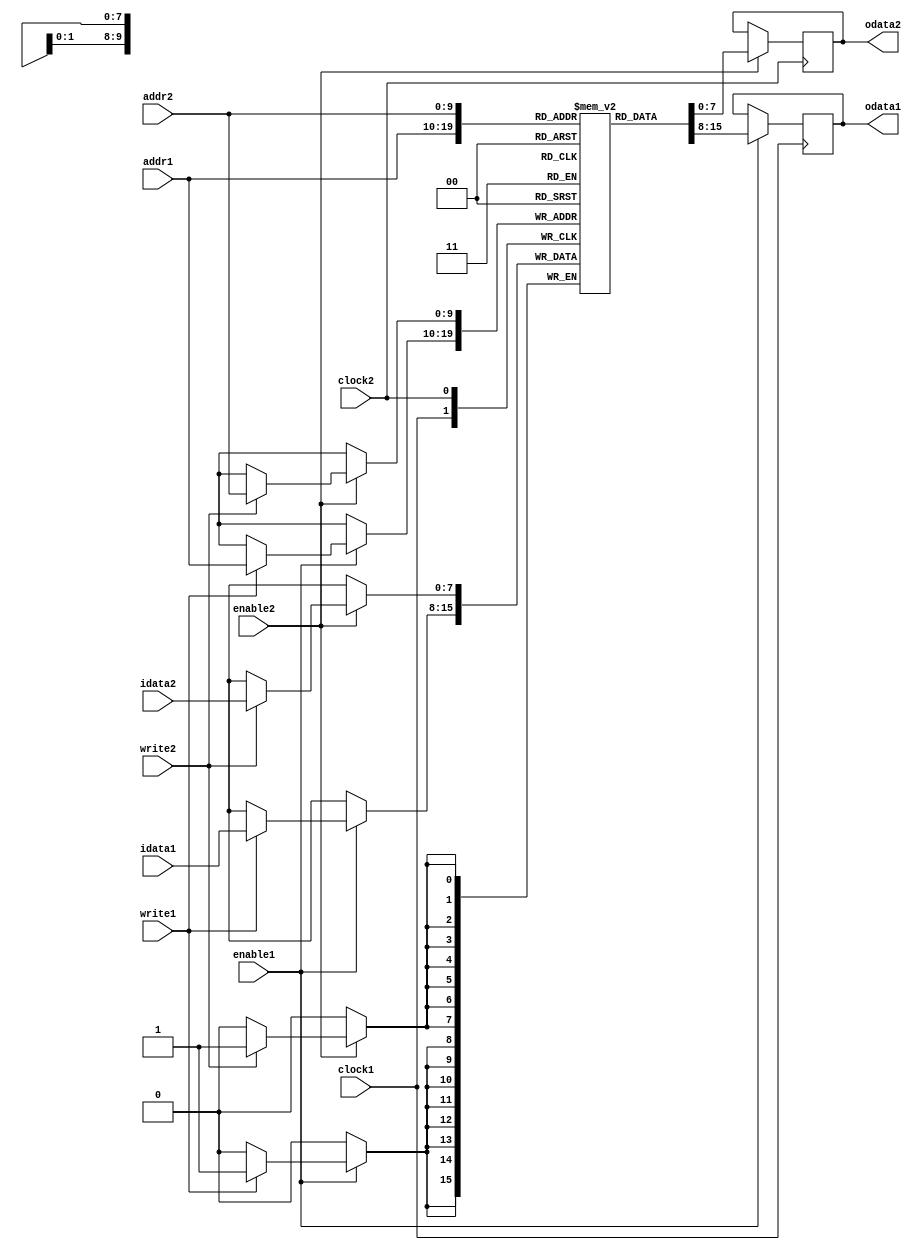
/**
 * Copyright (C) 2018, Miklos Maroti
 * This is free software released under the 3-clause BSD licence.
 */

`default_nettype none

/**
 * This ram will be inferred as a DP8KC with read before write and 
 * non-registered output (odata appears one clock cycle after enable).
 */
module true_dual_port_ram_readfirst_reg1 #(parameter integer DATA_WIDTH = 8, ADDR_WIDTH = 10) (
	input wire clock1,
	input wire enable1,
	input wire write1,
	input wire [ADDR_WIDTH-1:0] addr1,
	input wire [DATA_WIDTH-1:0] idata1,
	output reg [DATA_WIDTH-1:0] odata1,
	input wire clock2,
	input wire enable2,
	input wire write2,
	input wire [ADDR_WIDTH-1:0] addr2,
	input wire [DATA_WIDTH-1:0] idata2,
	output reg [DATA_WIDTH-1:0] odata2)
	/* synthesis syn_hier = "hard" */;

reg [DATA_WIDTH-1:0] memory [(1<<ADDR_WIDTH)-1:0]
	/* synthesis syn_ramstyle="no_rw_check" */;

always @(posedge clock1)
begin
	if (enable1)
	begin
		odata1 <= memory[addr1];
		if (write1)
			memory[addr1] <= idata1;
	end
end

always @(posedge clock2)
begin
	if (enable2)
	begin
		odata2 <= memory[addr2];
		if (write2)
			memory[addr2] <= idata2;
	end
end
endmodule

/**
 * This ram will be inferred as a DP8KC with read before write and 
 * registered output (odata appears two clock cycles after enable).
 */
module true_dual_port_ram_readfirst_reg2 #(parameter integer DATA_WIDTH = 8, ADDR_WIDTH = 10) (
	input wire clock1,
	input wire enable1,
	input wire write1,
	input wire [ADDR_WIDTH-1:0] addr1,
	input wire [DATA_WIDTH-1:0] idata1,
	output reg [DATA_WIDTH-1:0] odata1,
	input wire clock2,
	input wire enable2,
	input wire write2,
	input wire [ADDR_WIDTH-1:0] addr2,
	input wire [DATA_WIDTH-1:0] idata2,
	output reg [DATA_WIDTH-1:0] odata2)
	/* synthesis syn_hier = "hard" */;

reg [DATA_WIDTH-1:0] memory [(1<<ADDR_WIDTH)-1:0]
	/* synthesis syn_ramstyle="no_rw_check" */;

reg [DATA_WIDTH-1:0] odata1_reg;
always @(posedge clock1)
begin
	if (enable1)
	begin
		odata1_reg <= memory[addr1];
		if (write1)
			memory[addr1] <= idata1;
	end
	odata1 <= odata1_reg;
end

reg [DATA_WIDTH-1:0] odata2_reg;
always @(posedge clock2)
begin
	if (enable2)
	begin
		odata2_reg <= memory[addr2];
		if (write2)
			memory[addr2] <= idata2;
	end
	odata2 <= odata2_reg;
end
endmodule

/**
 * This ram will be inferred as a DP8KC with write before read and 
 * non-registered output (odata appears one clock cycles after enable).
 */
module true_dual_port_ram_writefirst_reg1 #(parameter integer DATA_WIDTH = 8, ADDR_WIDTH = 10) (
	input wire clock1,
	input wire enable1,
	input wire write1,
	input wire [ADDR_WIDTH-1:0] addr1,
	input wire [DATA_WIDTH-1:0] idata1,
	output reg [DATA_WIDTH-1:0] odata1,
	input wire clock2,
	input wire enable2,
	input wire write2,
	input wire [ADDR_WIDTH-1:0] addr2,
	input wire [DATA_WIDTH-1:0] idata2,
	output reg [DATA_WIDTH-1:0] odata2)
	/* synthesis syn_hier = "hard" */;

reg [DATA_WIDTH-1:0] memory[(1<<ADDR_WIDTH)-1:0]
	/* synthesis syn_ramstyle="no_rw_check" */;

always @(posedge clock1)
begin
	if (enable1)
	begin
		odata1 <= memory[addr1];
		if (write1)
		begin
			memory[addr1] <= idata1;
			odata1 <= idata1;
		end
	end
end

always @(posedge clock2)
begin
	if (enable2)
	begin
		odata2 <= memory[addr2];
		if (write2)
		begin
			memory[addr2] <= idata2;
			odata2 <= idata2;
		end
	end
end
endmodule

/**
 * This ram will be inferred as a DP8KC with write before read and 
 * registered output (odata appears two clock cycles after enable).
 */
module true_dual_port_ram_writefirst_reg2 #(parameter integer DATA_WIDTH = 8, ADDR_WIDTH = 10) (
	input wire clock1,
	input wire enable1,
	input wire write1,
	input wire [ADDR_WIDTH-1:0] addr1,
	input wire [DATA_WIDTH-1:0] idata1,
	output reg [DATA_WIDTH-1:0] odata1,
	input wire clock2,
	input wire enable2,
	input wire write2,
	input wire [ADDR_WIDTH-1:0] addr2,
	input wire [DATA_WIDTH-1:0] idata2,
	output reg [DATA_WIDTH-1:0] odata2)
	/* synthesis syn_hier = "hard" */;

reg [DATA_WIDTH-1:0] memory[(1<<ADDR_WIDTH)-1:0]
	/* synthesis syn_ramstyle="no_rw_check" */;

reg [DATA_WIDTH-1:0] odata1_reg;
always @(posedge clock1)
begin
	if (enable1)
	begin
		odata1_reg <= memory[addr1];
		if (write1)
		begin
			memory[addr1] <= idata1;
			odata1_reg <= idata1;
		end
	end
	odata1 <= odata1_reg;
end

reg [DATA_WIDTH-1:0] odata2_reg;
always @(posedge clock2)
begin
	if (enable2)
	begin
		odata2_reg <= memory[addr2];
		if (write2)
		begin
			memory[addr2] <= idata2;
			odata2_reg <= idata2;
		end
	end
	odata2 <= odata2_reg;
end
endmodule